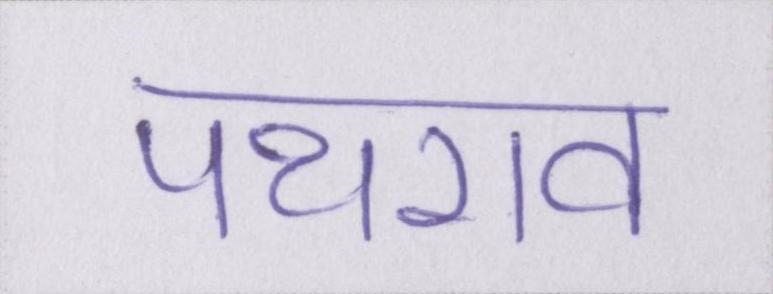
पथराव